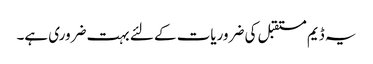
یہ ڈیم مستقبل کی ضروریات کے لئے بہت ضروری ہے۔